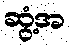
ဆွံ့အ